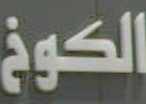
الكوخ